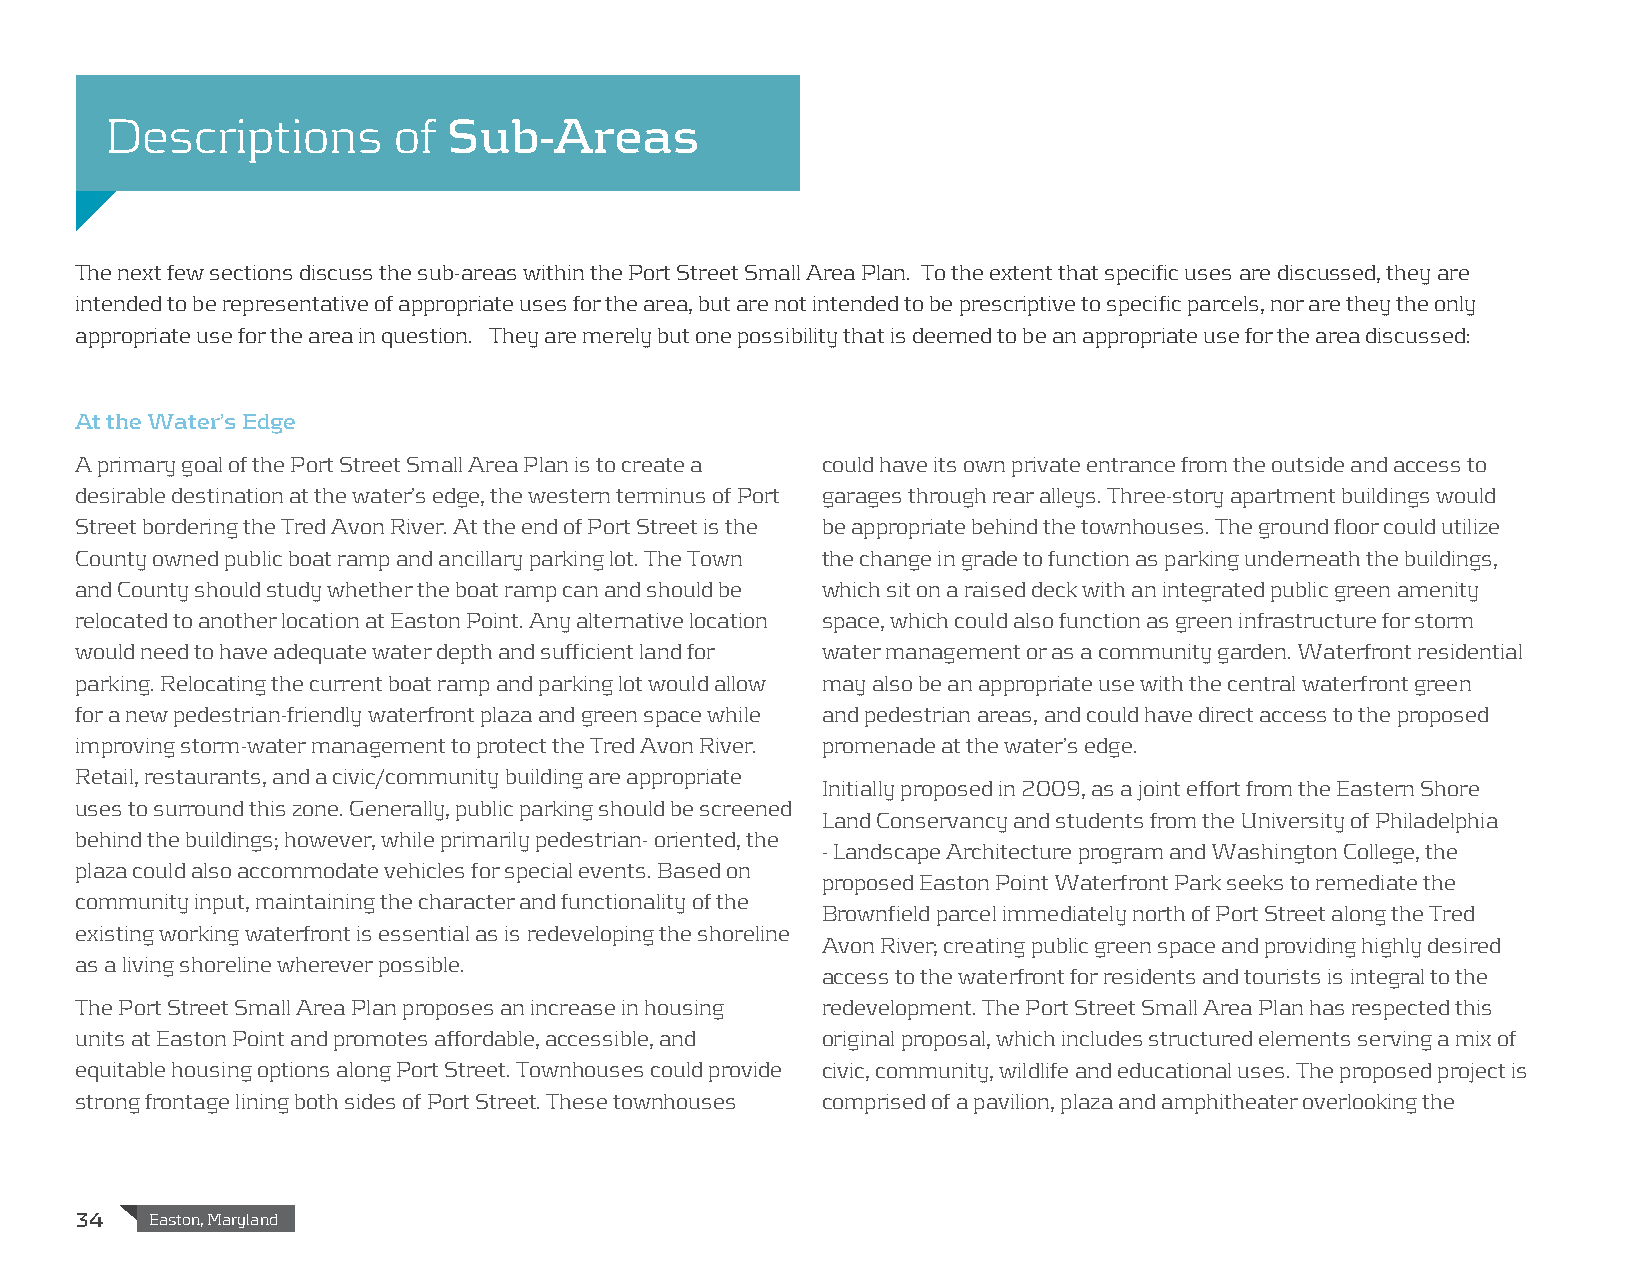
Descriptions       of  Sub-Areas
 The next few sections discuss the sub-areas within the Port Street Small Area Plan. To the extent that specific uses are discussed, they are
 intended to be representative of appropriate uses for the area, but are not intended to be prescriptive to specific parcels, nor are they the only
 appropriate use for the area in question. They are merely but one possibility that is deemed to be an appropriate use for the area discussed:
 At the Water’s Edge
 A primary goal of the Port Street Small Area Plan is to create a could have its own private entrance from the outside and access to
 desirable destination at the water’s edge, the western terminus of Port garages through rear alleys. Three-story apartment buildings would
 Street bordering the Tred Avon River. At the end of Port Street is the be appropriate behind the townhouses. The ground floor could utilize
 County owned public boat ramp and ancillary parking lot. The Town the change in grade to function as parking underneath the buildings,
 and County should study whether the boat ramp can and should be which sit on a raised deck with an integrated public green amenity
 relocated to another location at Easton Point. Any alternative location space, which could also function as green infrastructure for storm
 would need to have adequate water depth and sufficient land for water management or as a community garden. Waterfront residential
 parking. Relocating the current boat ramp and parking lot would allow may also be an appropriate use with the central waterfront green
 for a new pedestrian-friendly waterfront plaza and green space while and pedestrian areas, and could have direct access to the proposed
 improving storm-water management to protect the Tred Avon River. promenade at the water’s edge.
 Retail, restaurants, and a civic/community building are appropriate
 Initially proposed in 2009, as a joint effort from the Eastern Shore
 uses to surround this zone. Generally, public parking should be screened
 Land Conservancy and students from the University of Philadelphia
 behind the buildings; however, while primarily pedestrian- oriented, the
 - Landscape Architecture program and Washington College, the
 plaza could also accommodate vehicles for special events. Based on
 proposed Easton Point Waterfront Park seeks to remediate the
 community input, maintaining the character and functionality of the
 Brownfield parcel immediately north of Port Street along the Tred
 existing working waterfront is essential as is redeveloping the shoreline
 Avon River; creating public green space and providing highly desired
 as a living shoreline wherever possible.
 access to the waterfront for residents and tourists is integral to the
 The Port Street Small Area Plan proposes an increase in housing redevelopment. The Port Street Small Area Plan has respected this
 units at Easton Point and promotes affordable, accessible, and original proposal, which includes structured elements serving a mix of
 equitable housing options along Port Street. Townhouses could provide civic, community, wildlife and educational uses. The proposed project is
 strong frontage lining both sides of Port Street. These townhouses comprised of a pavilion, plaza and amphitheater overlooking the
 34   Easton, Maryland